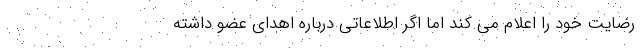
رضایت خود را اعلام می کند اما اگر اطلاعاتی درباره اهدای عضو داشته